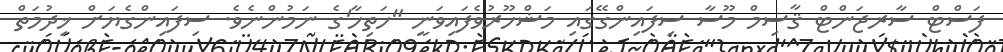
ފަސްޓް ސާރޖަންޓް ޤާސިމް މޫސާ ސިފައިންގޭގައި މަޝްހޫރުވެފައިވަނީ "ހަތިހާ'ގެ ނަމުންނެވެ. ސިފައިންގެޔަށް ޚިދުމަތް